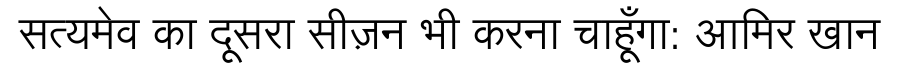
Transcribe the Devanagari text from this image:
सत्यमेव का दूसरा सीज़न भी करना चाहूँगा: आमिर खान